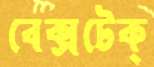
বেক্সটেক্